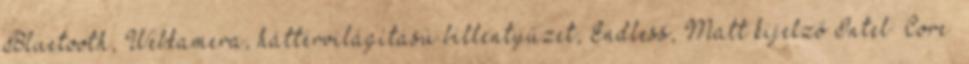
Bluetooth, Webkamera, háttérvilágítású billentyűzet, Endless, Matt kijelző Intel® Core™